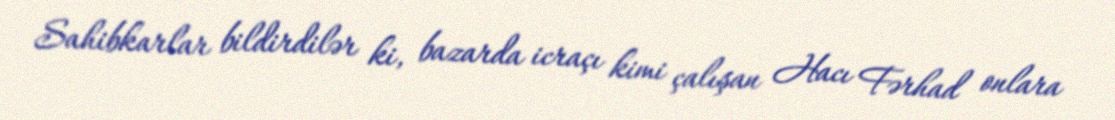
Sahibkarlar bildirdilər ki, bazarda icraçı kimi çalışan Hacı Fərhad onlara